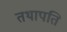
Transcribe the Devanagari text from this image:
तथापति